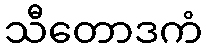
သီတောဒကံ